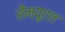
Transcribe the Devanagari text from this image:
सैम्‍यूएल